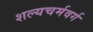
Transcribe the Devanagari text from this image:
शल्यचर्मवर्ग